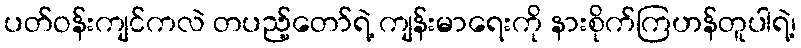
ပတ်ဝန်းကျင်ကလဲ တပည့်တော်ရဲ့ ကျန်းမာရေးကို နားစိုက်ကြဟန်တူပါရဲ့၊